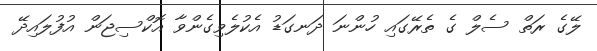
ލޭގެ ރަތް ސެލް ގެ ތެރޭގައި ހުންނަ ދަނގަޑު އެކުލެވިގެންވާ އޮކްސިޖަން އުފުލައިދޭ